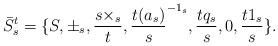
LaTeX: \begin{align*} \bar{S}^{t}_{s}=\{S,\pm_{s}, \frac{s\times_{s}}{t},\frac{t(a_{s})}{s}^{-1_{s}}, \frac{tq_{s}}{s},0, \frac{t1_{s}}{s}\}.\end{align*}